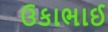
ઉકાભાઈ